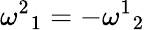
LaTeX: {\omega^{2}}_{1}=-{\omega^{1}}_{2}